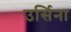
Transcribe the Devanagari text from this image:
उर्सिना